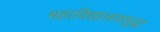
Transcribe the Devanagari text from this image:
महाविद्यालयसुद्धा